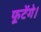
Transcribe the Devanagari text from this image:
फूटेंगे।